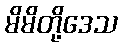
မိမိတို့ဒေသ